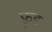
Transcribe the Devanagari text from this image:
फ़ु़ड